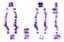
0.01